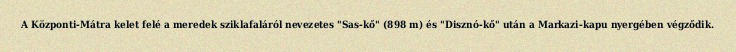
A Központi-Mátra kelet felé a meredek sziklafaláról nevezetes "Sas-kő" (898 m) és "Disznó-kő" után a Markazi-kapu nyergében végződik.